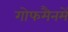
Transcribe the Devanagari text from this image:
गोफमैनमें